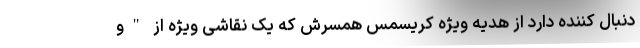
دنبال کننده دارد از هدیه ویژه کریسمس همسرش که یک نقاشی ویژه از "و